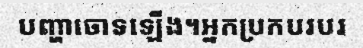
បញ្ហាចោទឡើង។អ្នកប្រកបរបរ